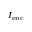
\scriptstyle I _ { \mathrm { e n c } }